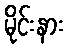
မိုင်းနား